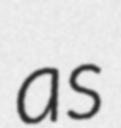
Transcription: as